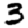
Digit: 3